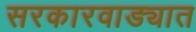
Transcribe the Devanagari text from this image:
सरकारवाड्यात